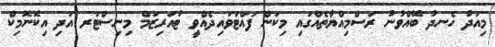
މިއަދު ހެނދު ބޭއްވުނު ރަސްމިއްޔާތެއްގައި މިކަން ފައްޓަވައިދެއްވީ ޓުއަރިޒަމް މިނިސްޓަރ އަދި އިކޮނޮމިކް